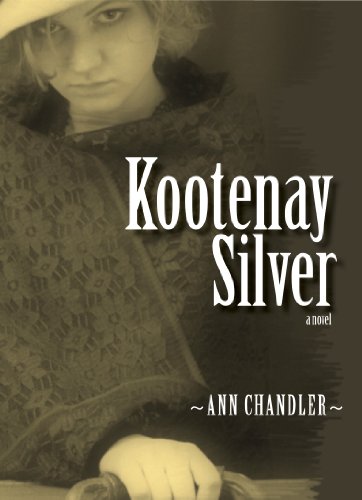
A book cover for Kootenay Silver; Ann Chandler; Teen & Young Adult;